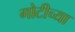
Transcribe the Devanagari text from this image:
गोटीच्या